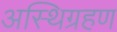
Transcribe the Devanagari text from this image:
अस्थिग्रहण